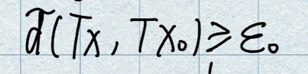
\(d(Tx,Tx_{0})\geq \varepsilon.\)